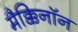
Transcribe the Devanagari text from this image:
मैक्किनॉन